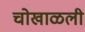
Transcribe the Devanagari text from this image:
चोखाळली